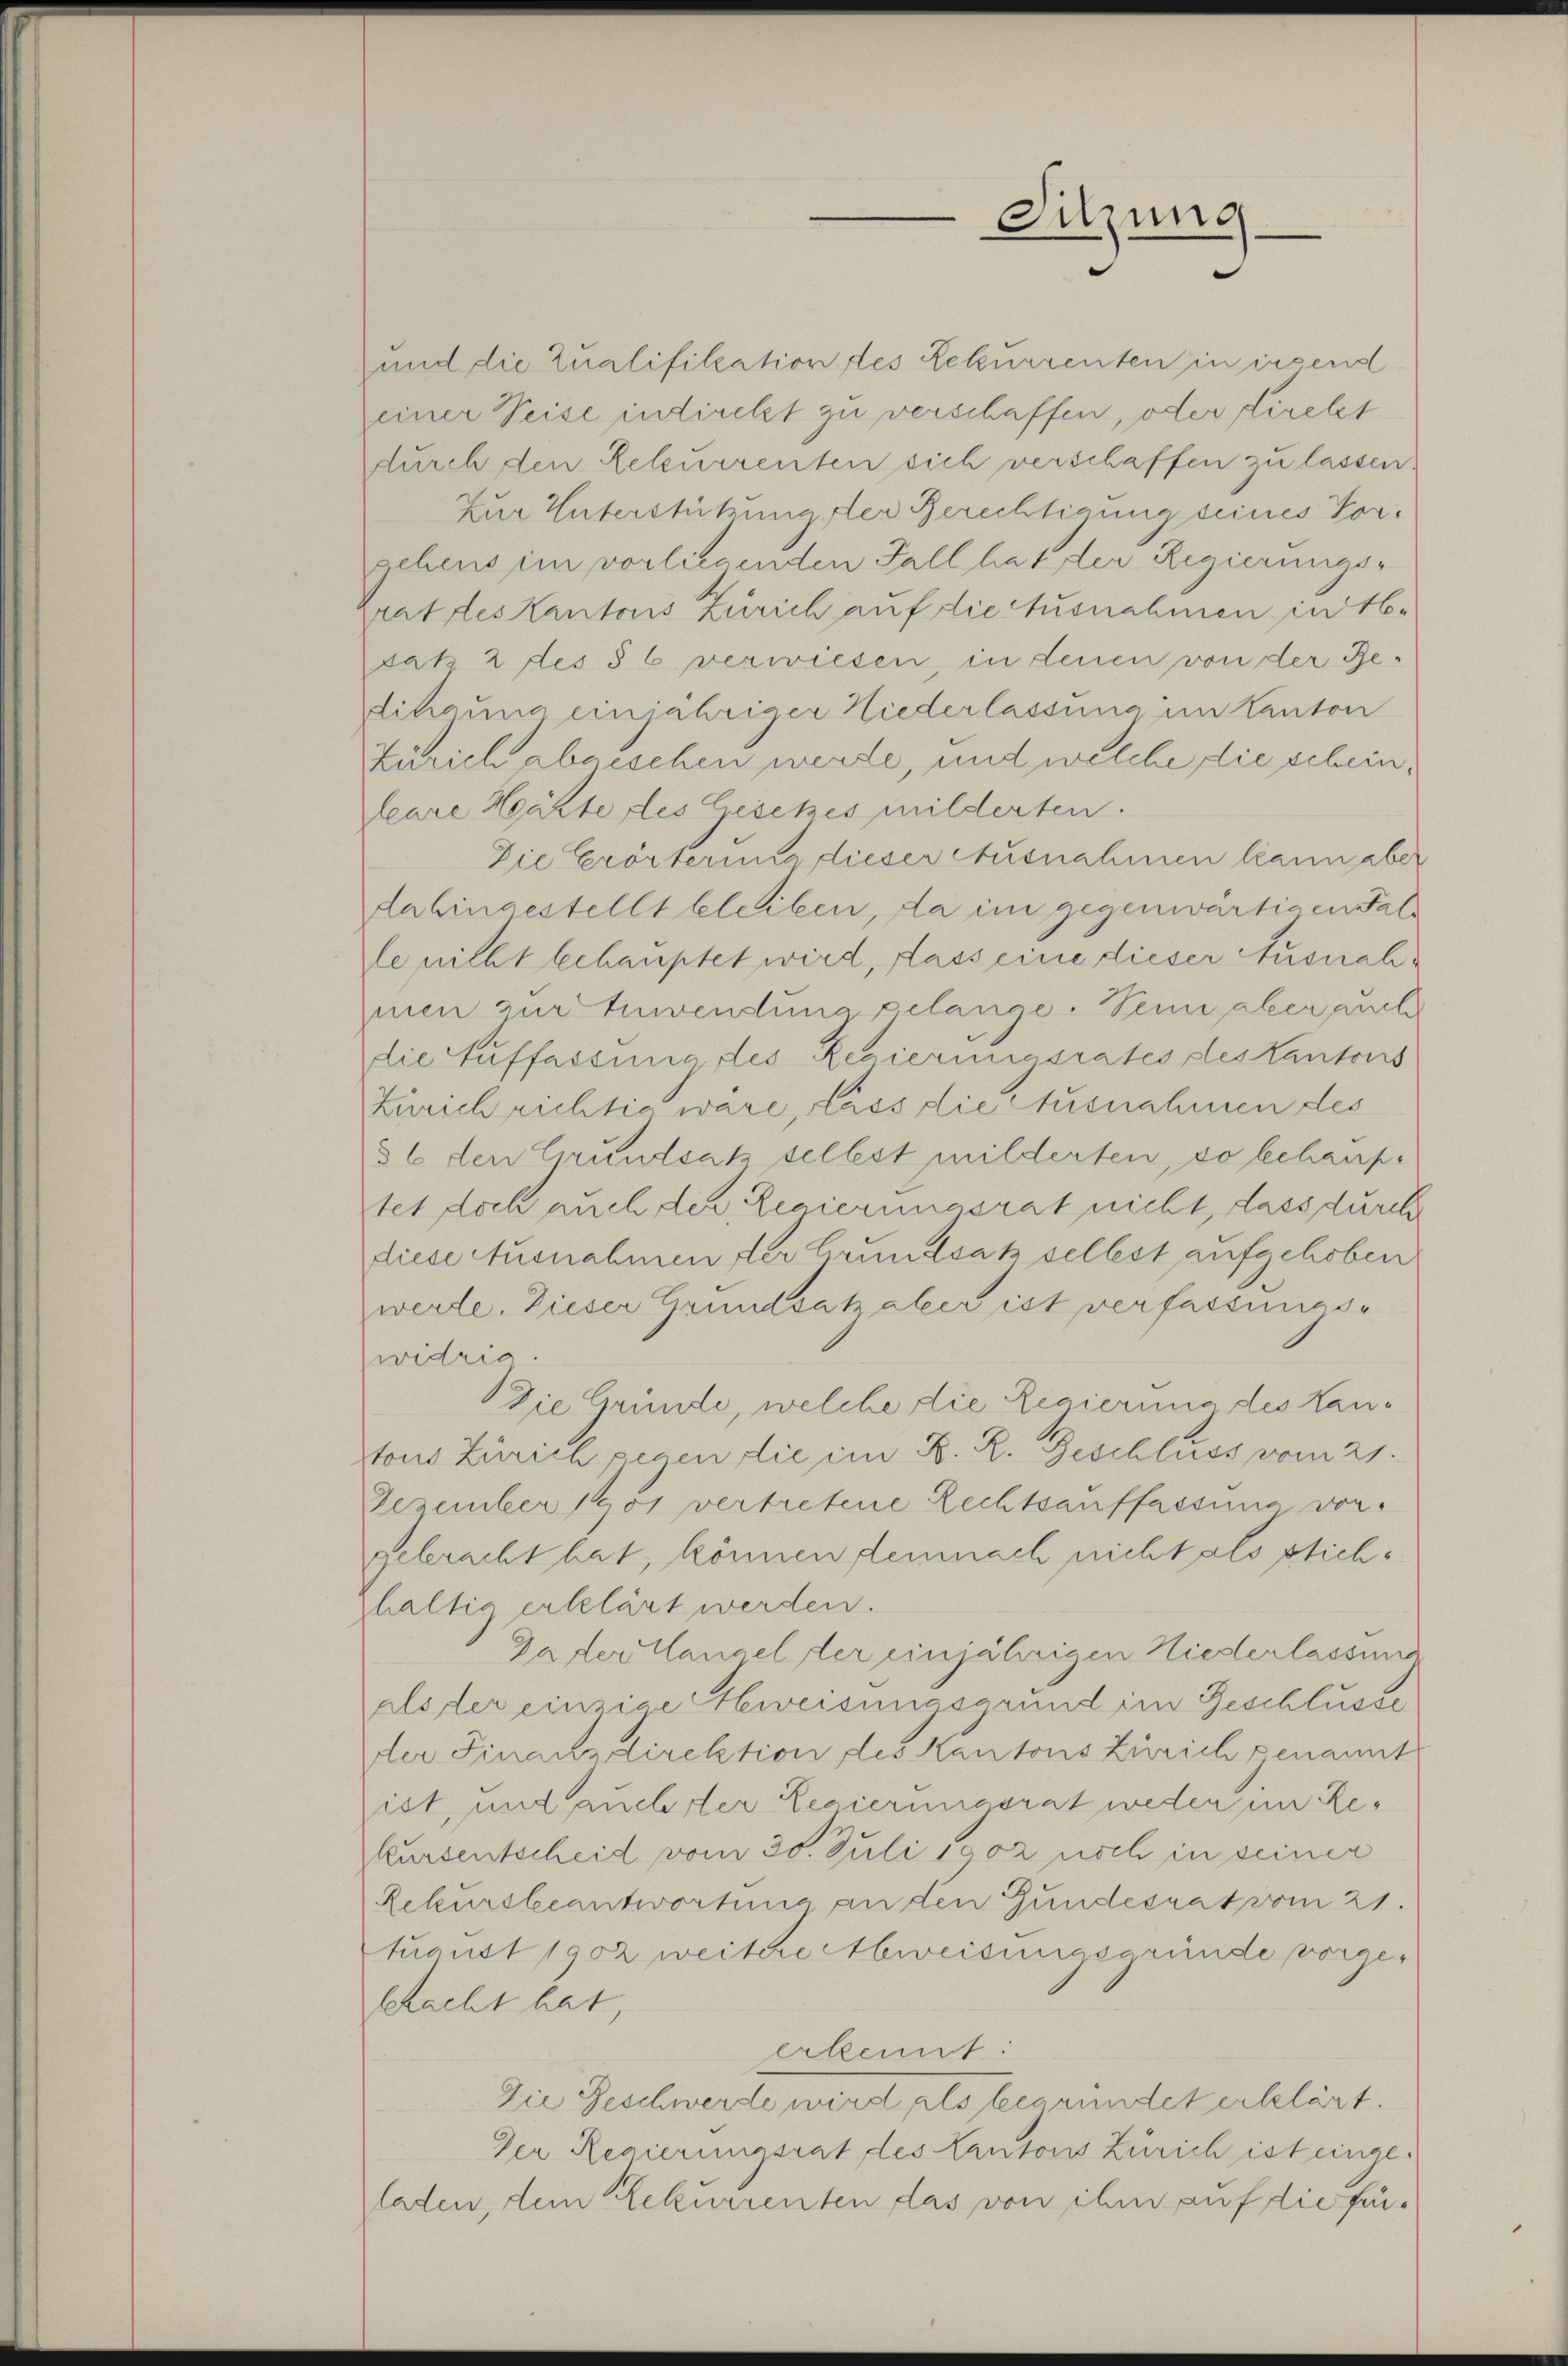
Sitzung

und die Qualifikation des Rekurrenten in ersend
einer Weise indirekt zu verschaffen, oder Direkt
durch den Rekurrenten sich verschaffen zu lassen.
Zur Unterstützung der Berechtigung seines Vorgehens im vorliegenden Fall hat der Regierungs-
rrat des Kantons Zürich auf die Ausnahmen in 16.
satz 2 des § 6 verwiesen, in denen von der Be-
dihauns einjähriger Niederlassung im Kanton
Zürich abgesehen werde, und welche die schein,
leare Hechte des Gesetzes milderten.
Die Erörterina dieser Ausnahmen kann aber
dahingestellt bleiben, da im gegenwärtigen Falle nicht behauptet wird, dass eine dieser Ausnahmen zur Zuwendung gelange. Sein aber auch
die Auffassung des Regierungsrates des Kantons
Zürich richtig wäre, lass die Ausnahmen des
36 den Grundsatz selbst milderten, so behauptet doch auch der Regierungsrat nicht, dass durch
diese Ausnahmen der Grundsatz selbst aufgehoben
werde. Dieser Grundsah aber ist verfassungswidrig.
Die Gründe, welche die Regierung des Hantons Zürich gegen die im K. R. Geschluss vom 21.
Dezember 1901 vertretene Rechtsauffassung von
gebracht hat, können demnach nicht als stichhaltig erklärt werden.
Ja der langel der einjährigen Niederlassung
aloder einzige Eheweisungsgrund im Geschlusse
der Finanzdirektion des Kantons Zürich genannt
ist, und auchster Regierungsrat weder im Re¬
Kursentscheid vom 30. Juli 1902 noch in seiner
Rekursbeantwortung an den Gundesrat vom 21.
tuaust 1902 weitere Abweisungsgründe vorgeschacht hat,
erkennt:
Die Beschwerde wird als begründet erklärt.
Der Regierungsrat des Kantons Zürich ist eingeladen, dem Rekurrenten das von ihm auf die für